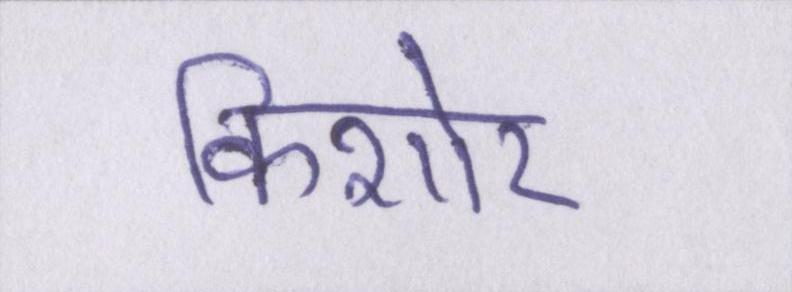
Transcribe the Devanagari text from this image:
किशोर